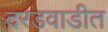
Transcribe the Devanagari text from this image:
दरडवाडीत